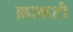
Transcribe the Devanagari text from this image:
क्राकटी